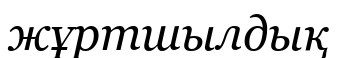
жұртшылдық